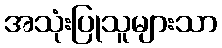
အသုံးပြုသူများသာ